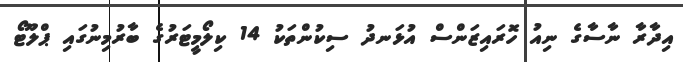
އިދާރާ ނާސާގެ ނިއު ހޮރައިޒަންސް އުޅަނދު ސިކުންތަކު 14 ކިލޯމީޓަރުގެ ބާރުމިނުގައި ޕްލޫޓޯ